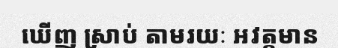
ឃើញ ស្រាប់ តាមរយៈ អវត្តមាន